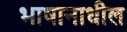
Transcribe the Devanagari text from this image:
भाषानाधील